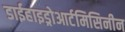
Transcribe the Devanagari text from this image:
डाईहाइड्रोआर्टमिसिनीन